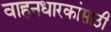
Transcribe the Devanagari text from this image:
वाहनधारकांसाठी